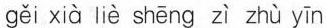
gěi xià liè shēng zì zhù yīn